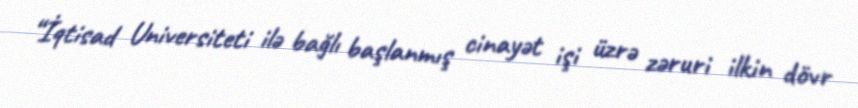
“İqtisad Universiteti ilə bağlı başlanmış cinayət işi üzrə zəruri ilkin dövr